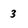
Character: 3